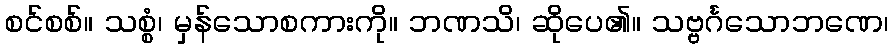
စင်စစ်။ သစ္စံ၊ မှန်သောစကားကို။ ဘဏသိ၊ ဆိုပေ၏။ သဗ္ဗင်္ဂသောဘဏေ၊